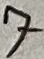
Text: 7